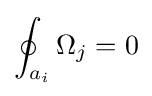
\oint _{a_{i}}\Omega _{j}=0